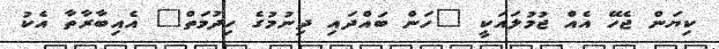
ކިޔަން ޖެހޭ އެއް ޖުމުލައަކީ "ހަން ބައްދައި ދިނުމުގެ ހިދުމަތް" އެއިބާރާތާ އެކު